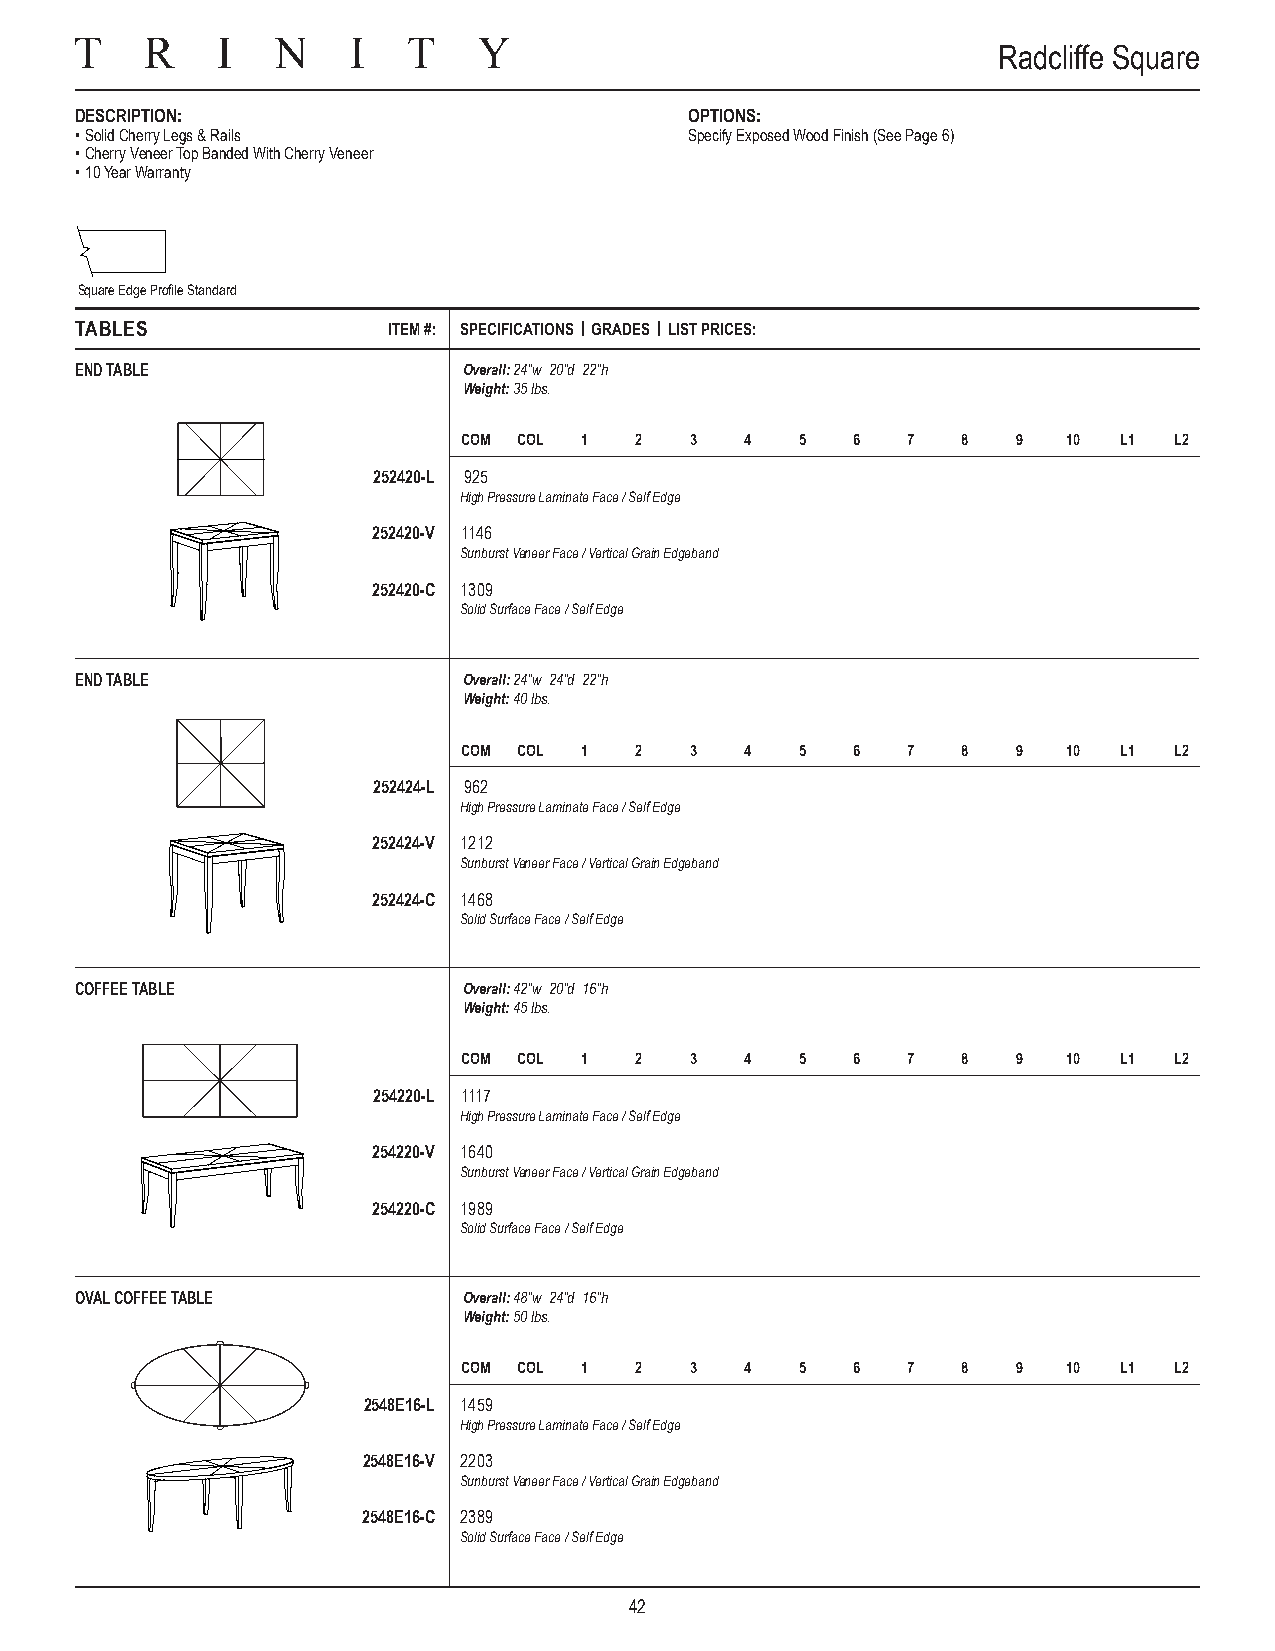
Radcliffe Square
 DESCRIPTION:                             OPTIONS:
 • Solid Cherry Legs & Rails              Specify Exposed Wood Finish (See Page 6)
 • Cherry Veneer Top Banded With Cherry Veneer
 • 10 Year Warranty
 Square Edge Profile Standard
 TABLES               ITEM #: SPECIFICATIONS | GRADES | LIST PRICES:
 END TABLE                 Overall: 24"w 20"d 22"h
 Weight: 35 lbs.
 COM COL 1  2   3  4   5  6   7   8  9   10 L1  L2
 252420-L 925
 High Pressure Laminate Face / Self Edge
 252420-V 1146
 Sunburst Veneer Face / Vertical Grain Edgeband
 252420-C 1309
 Solid Surface Face / Self Edge
 END TABLE                 Overall: 24"w 24"d 22"h
 Weight: 40 lbs.
 COM COL 1  2   3  4   5  6   7   8  9   10 L1  L2
 252424-L 962
 High Pressure Laminate Face / Self Edge
 252424-V 1212
 Sunburst Veneer Face / Vertical Grain Edgeband
 252424-C 1468
 Solid Surface Face / Self Edge
 COFFEE TABLE              Overall: 42"w 20"d 16"h
 Weight: 45 lbs.
 COM COL 1  2   3  4   5  6   7   8  9   10 L1  L2
 254220-L 1117
 High Pressure Laminate Face / Self Edge
 254220-V 1640
 Sunburst Veneer Face / Vertical Grain Edgeband
 254220-C 1989
 Solid Surface Face / Self Edge
 OVAL COFFEE TABLE         Overall: 48"w 24"d 16"h
 Weight: 50 lbs.
 COM COL 1  2   3  4   5  6   7   8  9   10 L1  L2
 2548E16-L 1 459
 High Pressure Laminate Face / Self Edge
 2548E16-V 2 203
 Sunburst Veneer Face / Vertical Grain Edgeband
 2548E16-C 2 389
 Solid Surface Face / Self Edge
 42